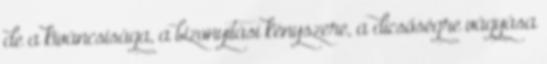
de a kíváncsisága, a bizonyítási kényszere, a dicsőségre vágyása